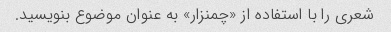
شعری را با استفاده از «چمنزار» به عنوان موضوع بنویسید.